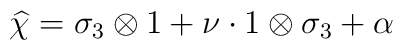
\widehat{\chi}=\sigma_3\otimes 1+\nu \cdot 1\otimes\sigma_3+\alpha